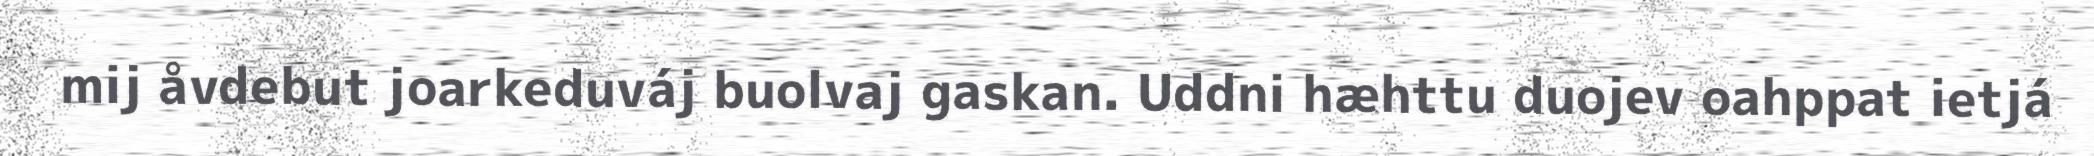
mij åvdebut joarkeduváj buolvaj gaskan. Uddni hæhttu duojev oahppat ietjá